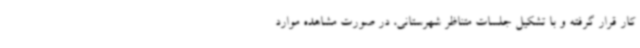
کار قرار گرفته و با تشکیل جلسات متناظر شهرستانی، در صورت مشاهده موارد